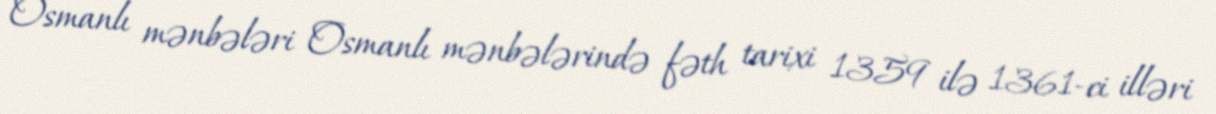
Osmanlı mənbələri Osmanlı mənbələrində fəth tarixi 1359 ilə 1361-ci illəri